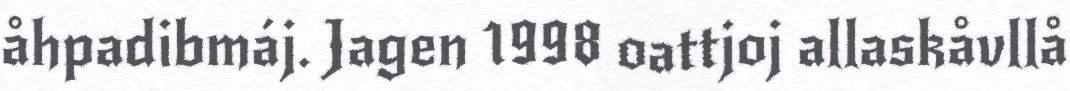
åhpadibmáj. Jagen 1998 oattjoj allaskåvllå